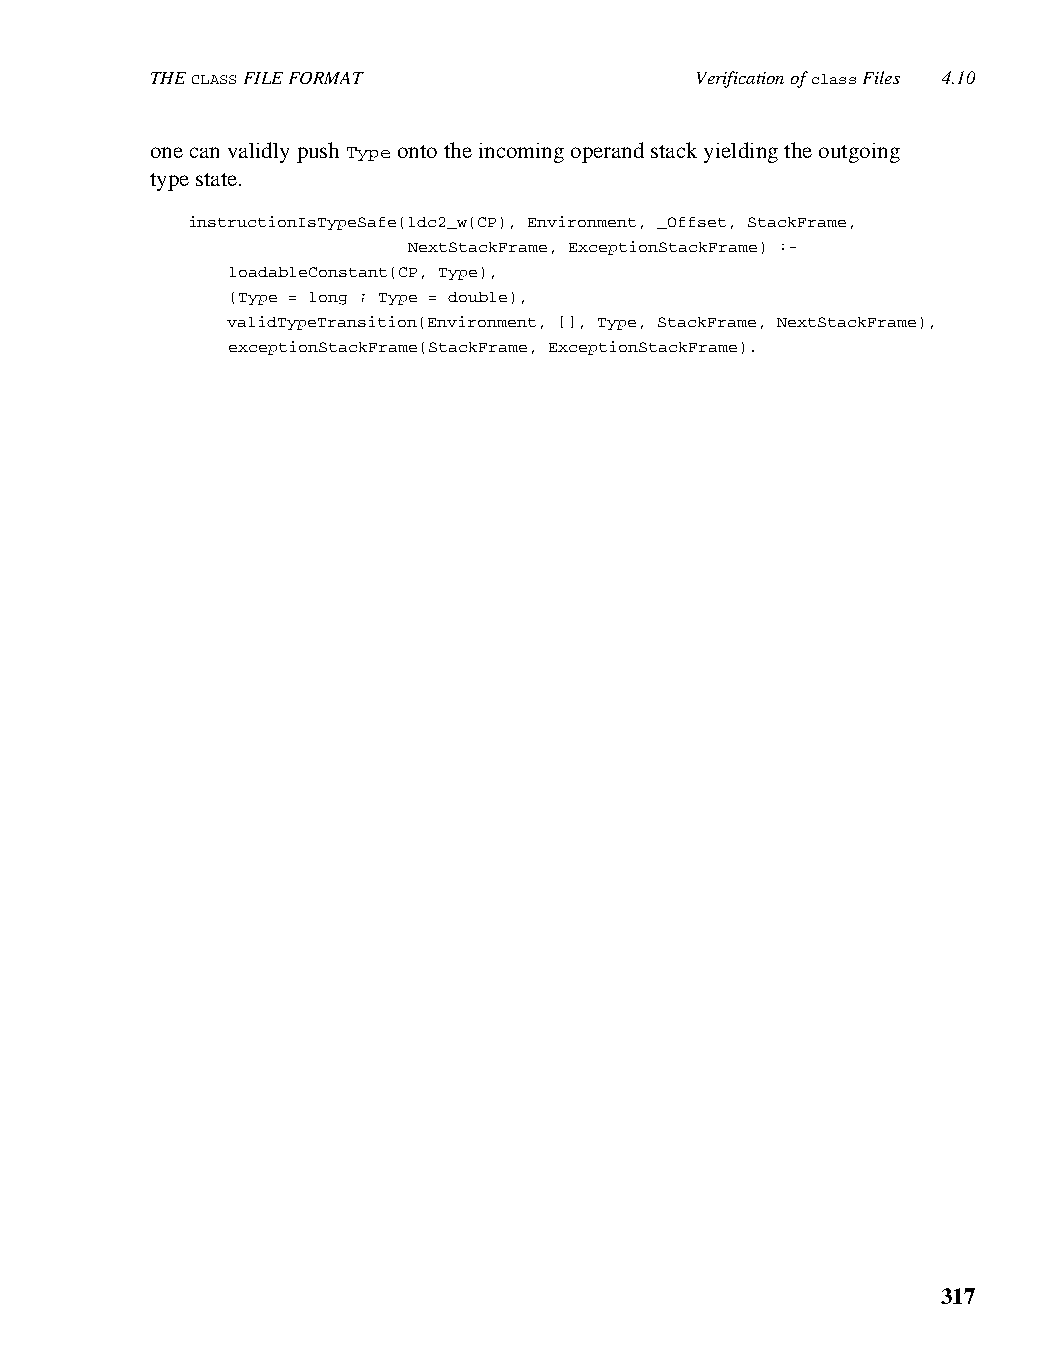
THE CLASS FILE FORMAT               Verification of class Files 4.10
 one can validly push Type onto the incoming operand stack yielding the outgoing
 type state.
 instructionIsTypeSafe(ldc2_w(CP), Environment, _Offset, StackFrame,
 NextStackFrame, ExceptionStackFrame) :-
 loadableConstant(CP, Type),
 (Type = long ; Type = double),
 validTypeTransition(Environment, [], Type, StackFrame, NextStackFrame),
 exceptionStackFrame(StackFrame, ExceptionStackFrame).
 317